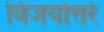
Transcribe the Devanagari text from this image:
विजयोत्तरे